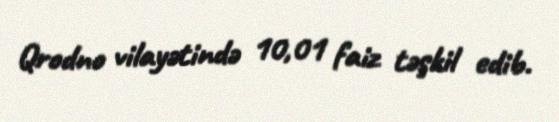
Qrodno vilayətində 10,01 faiz təşkil edib.